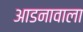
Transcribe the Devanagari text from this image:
आडनावाला